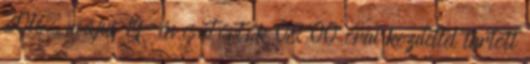
2016. május 19-én csütörtök 08 00 órai kezdettel tartott